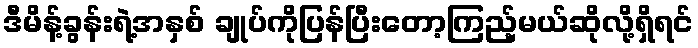
ဒီမိန့်ခွန်းရဲ့အနှစ် ချုပ်ကိုပြန်ပြီးတော့ကြည့်မယ်ဆိုလို့ရှိရင်